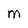
Character: M